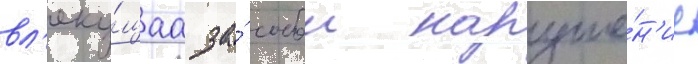
вл'еку́щаа за́ собои наруше́н'ие